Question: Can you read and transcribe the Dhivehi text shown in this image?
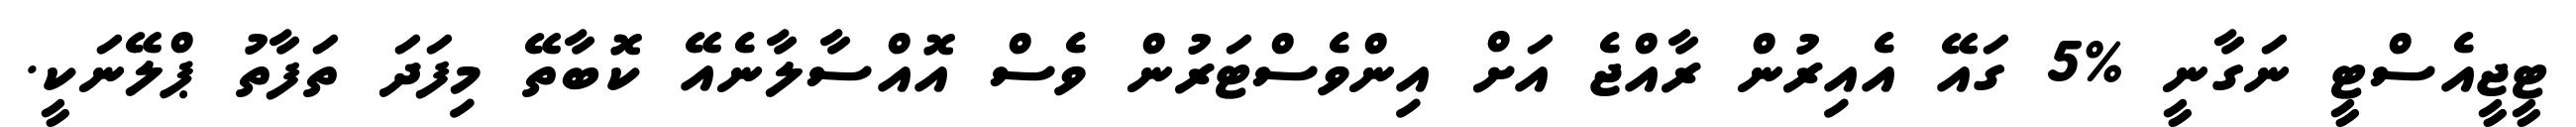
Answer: ޓީޖީއެސްޓީ ނަގާނީ %5 ގައޭ އެއިރުން ރާއްޖެ އަށް އިންވެސްޓަރުން ވެސް އޮއްސާލާނެއޭ ކޮބާތޭ މިފަދަ ތަފާތު ޕްލޭނަކީ.